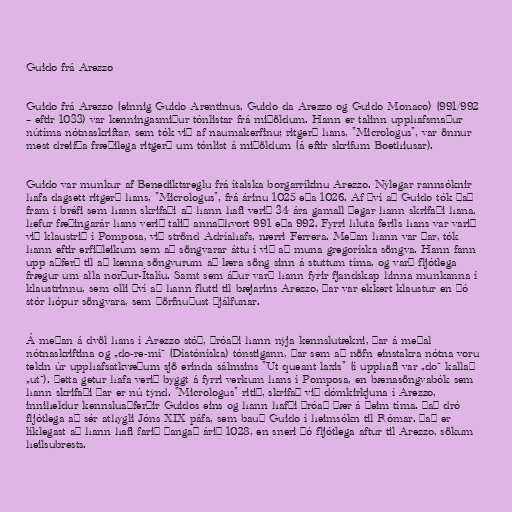
Guido frá Arezzo

Guido frá Arezzo (einnig Guido Arentinus, Guido da Arezzo og Guido Monaco) (991/992
– eftir 1033) var kenningasmiður tónlistar frá miðöldum. Hann er talinn upphafsmaður
nútíma nótnaskriftar, sem tók við af naumakerfinu; ritgerð hans, "Micrologus", var önnur
mest dreifða fræðilega ritgerð um tónlist á miðöldum (á eftir skrifum Boethiusar).

Guido var munkur af Benediktsreglu frá ítalska borgarríkinu Arezzo. Nýlegar rannsóknir
hafa dagsett ritgerð hans, "Micrologus", frá árinu 1025 eða 1026. Af því að Guido tók það
fram í bréfi sem hann skrifaði að hann hafi verið 34 ára gamall þegar hann skrifaði hana,
hefur fæðingarár hans verið talið annaðhvort 991 eða 992. Fyrri hluta ferils hans var varið
við klaustrið í Pomposa, við strönd Adríahafs, nærri Ferrera. Meðan hann var þar, tók
hann eftir erfiðleikum sem að söngvarar áttu í við að muna gregoríska söngva. Hann fann
upp aðferð til að kenna söngvurum að læra söng sinn á stuttum tíma, og varð fljótlega
frægur um alla norður-Ítalíu. Samt sem áður varð hann fyrir fjandskap hinna munkanna í
klaustrinnu, sem olli því að hann flutti til bæjarins Arezzo, þar var ekkert klaustur en þó
stór hópur söngvara, sem þörfnuðust þjálfunar.

Á meðan á dvöl hans í Arezzo stóð, þróaði hann nýja kennslutækni, þar á meðal
nótnaskriftina og „do-re-mí“ (Díatóníska) tónstigann, þar sem að nöfn einstakra nótna voru
tekin úr upphafsatkvæðum sjö erinda sálmsins "Ut queant laxis" (í upphafi var „do“ kallað
„ut“). Þetta getur hafa verið byggt á fyrri verkum hans í Pomposa, en bænasöngvabók sem
hann skrifaði þar er nú týnd. "Micrologus" ritið, skrifað við dómkirkjuna í Arezzo,
inniheldur kennsluaðferðir Guidos eins og hann hafði þróað þær á þeim tíma. Það dró
fljótlega að sér athygli Jóns XIX páfa, sem bauð Guido í heimsókn til Rómar. Það er
líklegast að hann hafi farið þangað árið 1028, en sneri þó fljótlega aftur til Arezzo, sökum
heilsubrests.